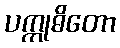
ပက္ကုဓိတော